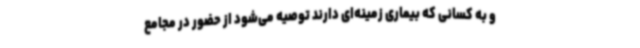
و به کسانی که بیماری زمینه‌ای دارند توصیه می‌شود از حضور در مجامع